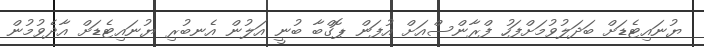
ޔުނައިޓެޑަށް ބަދަލުވުމަށްފަހު ފްރާންސްއަށް އުފަން ޕޮގްބާ ބުނީ އަލުން އެނބުރި ޔުނައިޓެޑަށް އާދެވުމުން